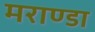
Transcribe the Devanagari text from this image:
मराण्डा